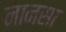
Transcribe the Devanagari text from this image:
नानसा